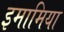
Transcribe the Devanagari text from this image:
इमामिया